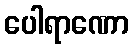
ပေါရာဏော